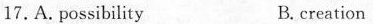
17.A.possibility B.creation